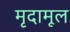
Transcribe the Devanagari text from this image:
मृदामूल